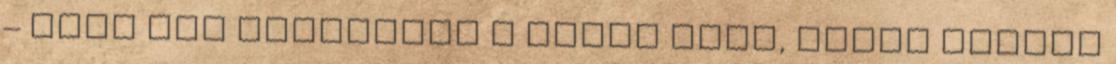
– veti oda elmenőben a társa felé, aztán tovább